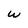
Character: w